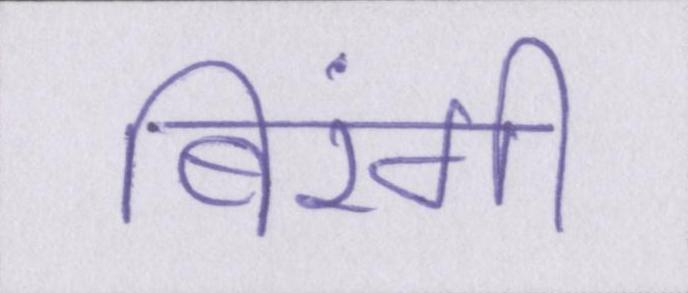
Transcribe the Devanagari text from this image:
बिरंगी